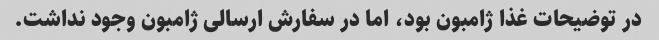
در توضیحات غذا ژامبون بود، اما در سفارش ارسالی ژامبون وجود نداشت.